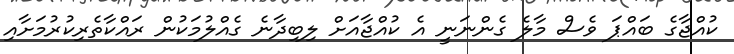
ކުއްޖާގެ ބައްޕަ ވެސް މާލެ ގެންނަނީ އެ ކުއްޖާއަށް ލިބިދާނެ ގެއްލުމަކުން ރައްކާތެރިކުރުމަށާއި